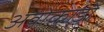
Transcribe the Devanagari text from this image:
अवोकाडो